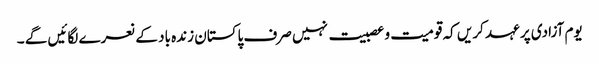
یوم آزادی پر عہد کریں کہ قومیت و عصبیت نہیں صرف پاکستان زندہ باد کے نعرے لگائیں گے ۔